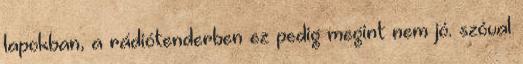
lapokban, a rádiótenderben ez pedig megint nem jó. szóval